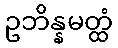
ဥဘိန္နမတ္ထံ